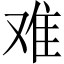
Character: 难